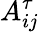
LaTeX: A_{ij}^{\tau}